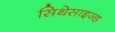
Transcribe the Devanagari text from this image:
सिथेसाइज्ड